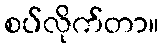
စပ်လိုက်တာ။